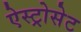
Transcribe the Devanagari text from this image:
ऐस्ट्रोसेट